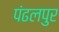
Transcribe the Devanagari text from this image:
पंढलपुर